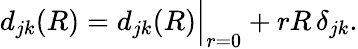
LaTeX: d_{jk}(R)=d_{jk}(R)\Big|_{r=0}+rR\, \delta_{jk}.